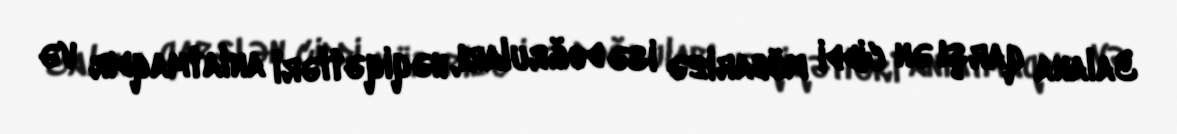
Yalana qarşı ən ciddi mübarizə isə doğruları, həqiqətləri anlatmaqdır və